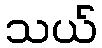
သယ်